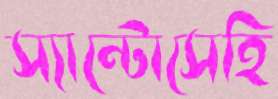
স্যান্টোসেহি